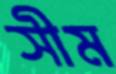
সীম